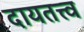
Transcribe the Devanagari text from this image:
दायतत्त्व